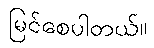
မြင်စေပါတယ်။